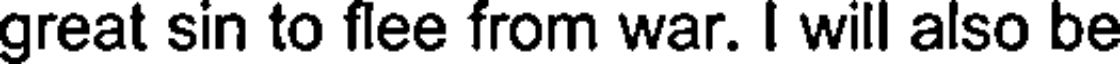
great sin to flee from war. I will also be